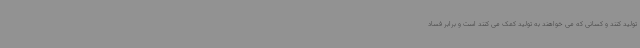
تولید کنند و کسانی که می خواهند به تولید کمک می کنند است و برابر فساد